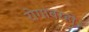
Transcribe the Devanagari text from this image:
रोगांवरही